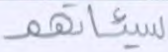
سيئاتهم